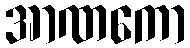
အာဏကော